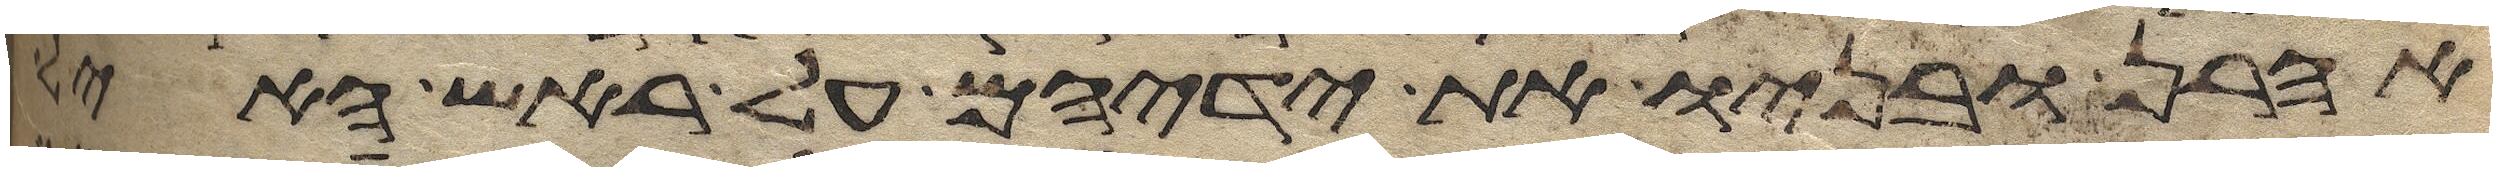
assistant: אהרן ובניו את ידיהם על ראש האיל